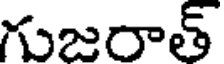
గుజరాత్